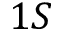
1 S